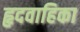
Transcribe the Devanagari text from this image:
हृदवाहिका